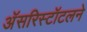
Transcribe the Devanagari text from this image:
अॅसरिस्टॉटलने